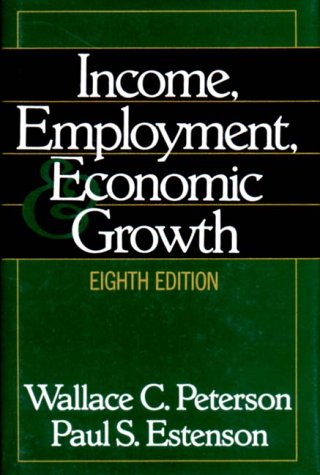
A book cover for Income, Employment, and Economic Growth (Eighth Edition); Wallace C. Peterson; Business & Money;